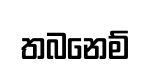
තබනෙම්